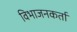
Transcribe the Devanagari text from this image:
विभाजनकर्ता